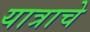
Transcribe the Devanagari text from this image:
यात्राचे